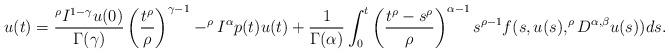
LaTeX: \begin{align*}u(t)=\frac{^{\rho}I^{1-\gamma}u(0)}{\Gamma(\gamma)}\left(\frac{t^\rho}{\rho}\right)^{\gamma-1}-^{\rho}I^{\alpha}p(t)u(t)+\frac{1}{\Gamma(\alpha)}\int_{0}^{t}\left(\frac{t^{\rho}-s^{\rho}}{\rho}\right)^{\alpha-1}s^{\rho-1}f(s,u(s),^\rho D^{\alpha,\beta } u(s))ds.\end{align*}